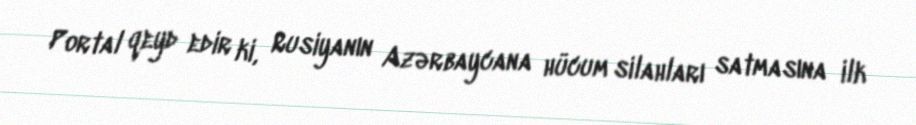
Portal qeyd edir ki, Rusiyanın Azərbaycana hücum silahları satmasına ilk